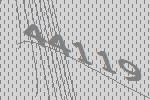
44119